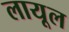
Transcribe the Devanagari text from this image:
लायूल